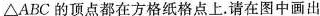
\Delta ABC的顶点都在方格纸格点上。请在图中画出